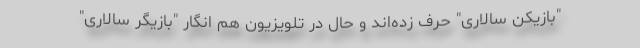
"بازیکن سالاری" حرف زده‌اند و حال در تلویزیون هم انگار "بازیگر سالاری"